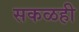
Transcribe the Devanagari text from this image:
सकळही